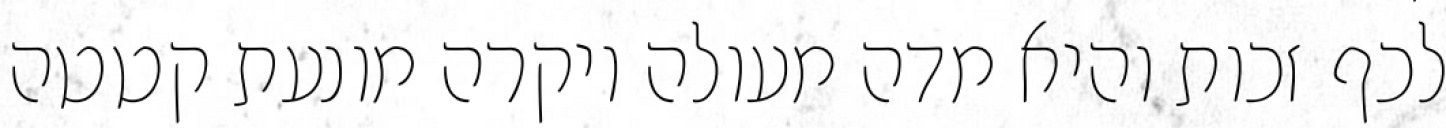
לכף זכות והיא מדה מעולה ויקרה מונעת קטטה